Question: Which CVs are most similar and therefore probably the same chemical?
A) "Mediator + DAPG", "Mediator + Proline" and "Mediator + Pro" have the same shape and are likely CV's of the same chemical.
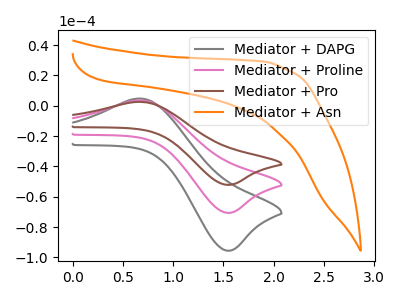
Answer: <think>The gray curve "Mediator + DAPG" has an anodic peak at (0.70V, 4.75uA) and a cathodic peak at (1.55V, -95.50uA). The pink curve "Mediator + Proline" has an anodic peak at (0.70V, 3.50uA) and a cathodic peak at (1.55V, -70.55uA). The brown curve "Mediator + Pro" has an anodic peak at (0.70V, 7.00uA) and a cathodic peak at (1.55V, -141.10uA). The orange curve "Mediator + Asn" has no peaks.
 All the peaks in "Mediator + DAPG" have a peak in "Mediator + Proline" at the same potential. Every peak in "Mediator + DAPG" is higher than every peak in "Mediator + Proline". All the peaks in "Mediator + DAPG" have a peak in "Mediator + Pro" at the same potential. Every peak in "Mediator + DAPG" is lower than every peak in "Mediator + Pro". "Mediator + DAPG" and "Mediator + Asn" have a different number of peaks. All the peaks in "Mediator + Proline" have a peak in "Mediator + Pro" at the same potential. Every peak in "Mediator + Proline" is lower than every peak in "Mediator + Pro". "Mediator + Proline" and "Mediator + Asn" have a different number of peaks. "Mediator + Pro" and "Mediator + Asn" have a different number of peaks.</think>
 <answer>A) "Mediator + DAPG", "Mediator + Proline" and "Mediator + Pro" have the same shape and are likely CV's of the same chemical.</answer>
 <eval>A</eval>